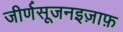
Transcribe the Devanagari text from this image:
जीर्णसूजनइज़ाफ़